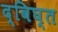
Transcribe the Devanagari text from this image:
द्विघ्त